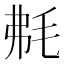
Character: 𣭘